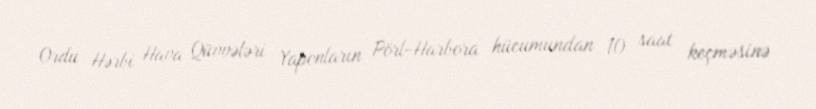
Ordu Hərbi Hava Qüvvələri Yaponların Pörl-Harbora hücumundan 10 saat keçməsinə